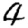
Digit: 4